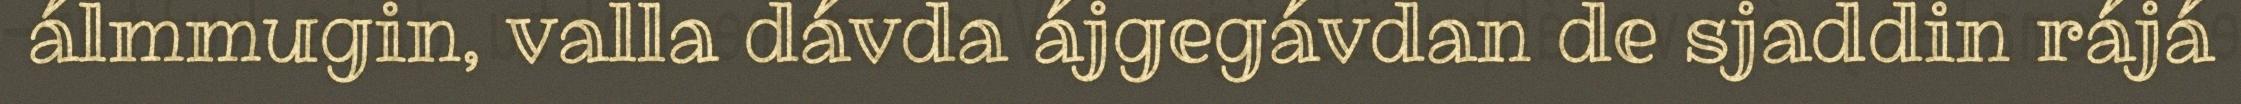
álmmugin, valla dávda ájgegávdan de sjaddin rájá